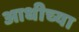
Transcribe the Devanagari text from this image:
आधीच्‍या